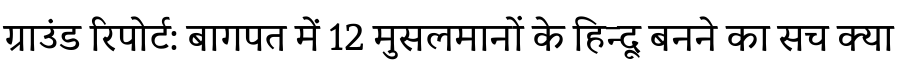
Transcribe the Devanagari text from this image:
ग्राउंड रिपोर्ट: बागपत में 12 मुसलमानों के हिन्दू बनने का सच क्या